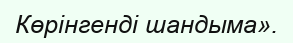
Көрінгенді шандыма».